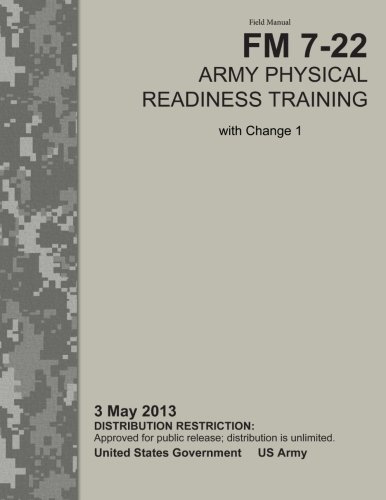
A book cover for Field Manual FM 7-22 Army Physical Readiness Training with Change 1   3 May 2013; United States Government US Army; Engineering & Transportation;